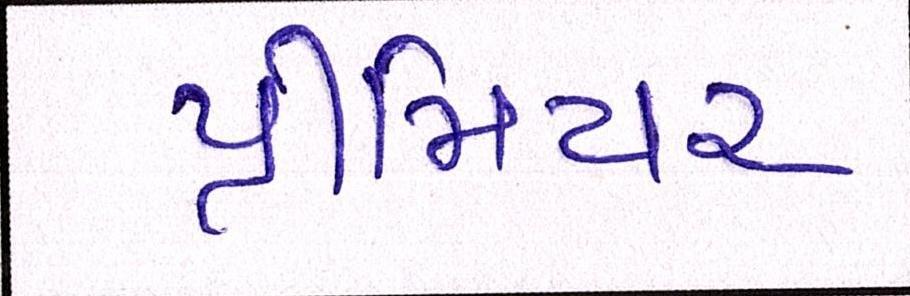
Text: પ્રીમિયર